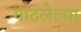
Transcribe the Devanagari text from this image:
गाठलेल्या